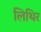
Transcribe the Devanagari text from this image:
लिथिर